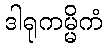
ဒါရုကမ္မိကံ